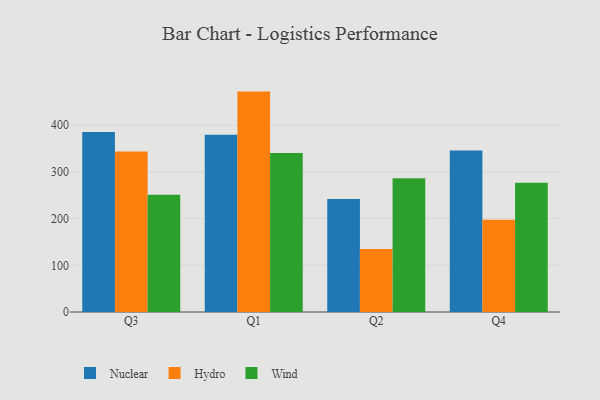
{"axis": {"x": "Quarter", "y": "Gross Profit (USD K)"}, "legend": ["Hydro", "Nuclear", "Wind"], "data": [{"x": "Q3", "y": 385.4, "type": "Nuclear"}, {"x": "Q3", "y": 343.9, "type": "Hydro"}, {"x": "Q3", "y": 250.9, "type": "Wind"}, {"x": "Q1", "y": 379.7, "type": "Nuclear"}, {"x": "Q1", "y": 471.9, "type": "Hydro"}, {"x": "Q1", "y": 340.2, "type": "Wind"}, {"x": "Q2", "y": 241.8, "type": "Nuclear"}, {"x": "Q2", "y": 135.0, "type": "Hydro"}, {"x": "Q2", "y": 286.3, "type": "Wind"}, {"x": "Q4", "y": 345.7, "type": "Nuclear"}, {"x": "Q4", "y": 197.7, "type": "Hydro"}, {"x": "Q4", "y": 276.9, "type": "Wind"}]}